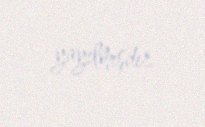
yayılmışdır.